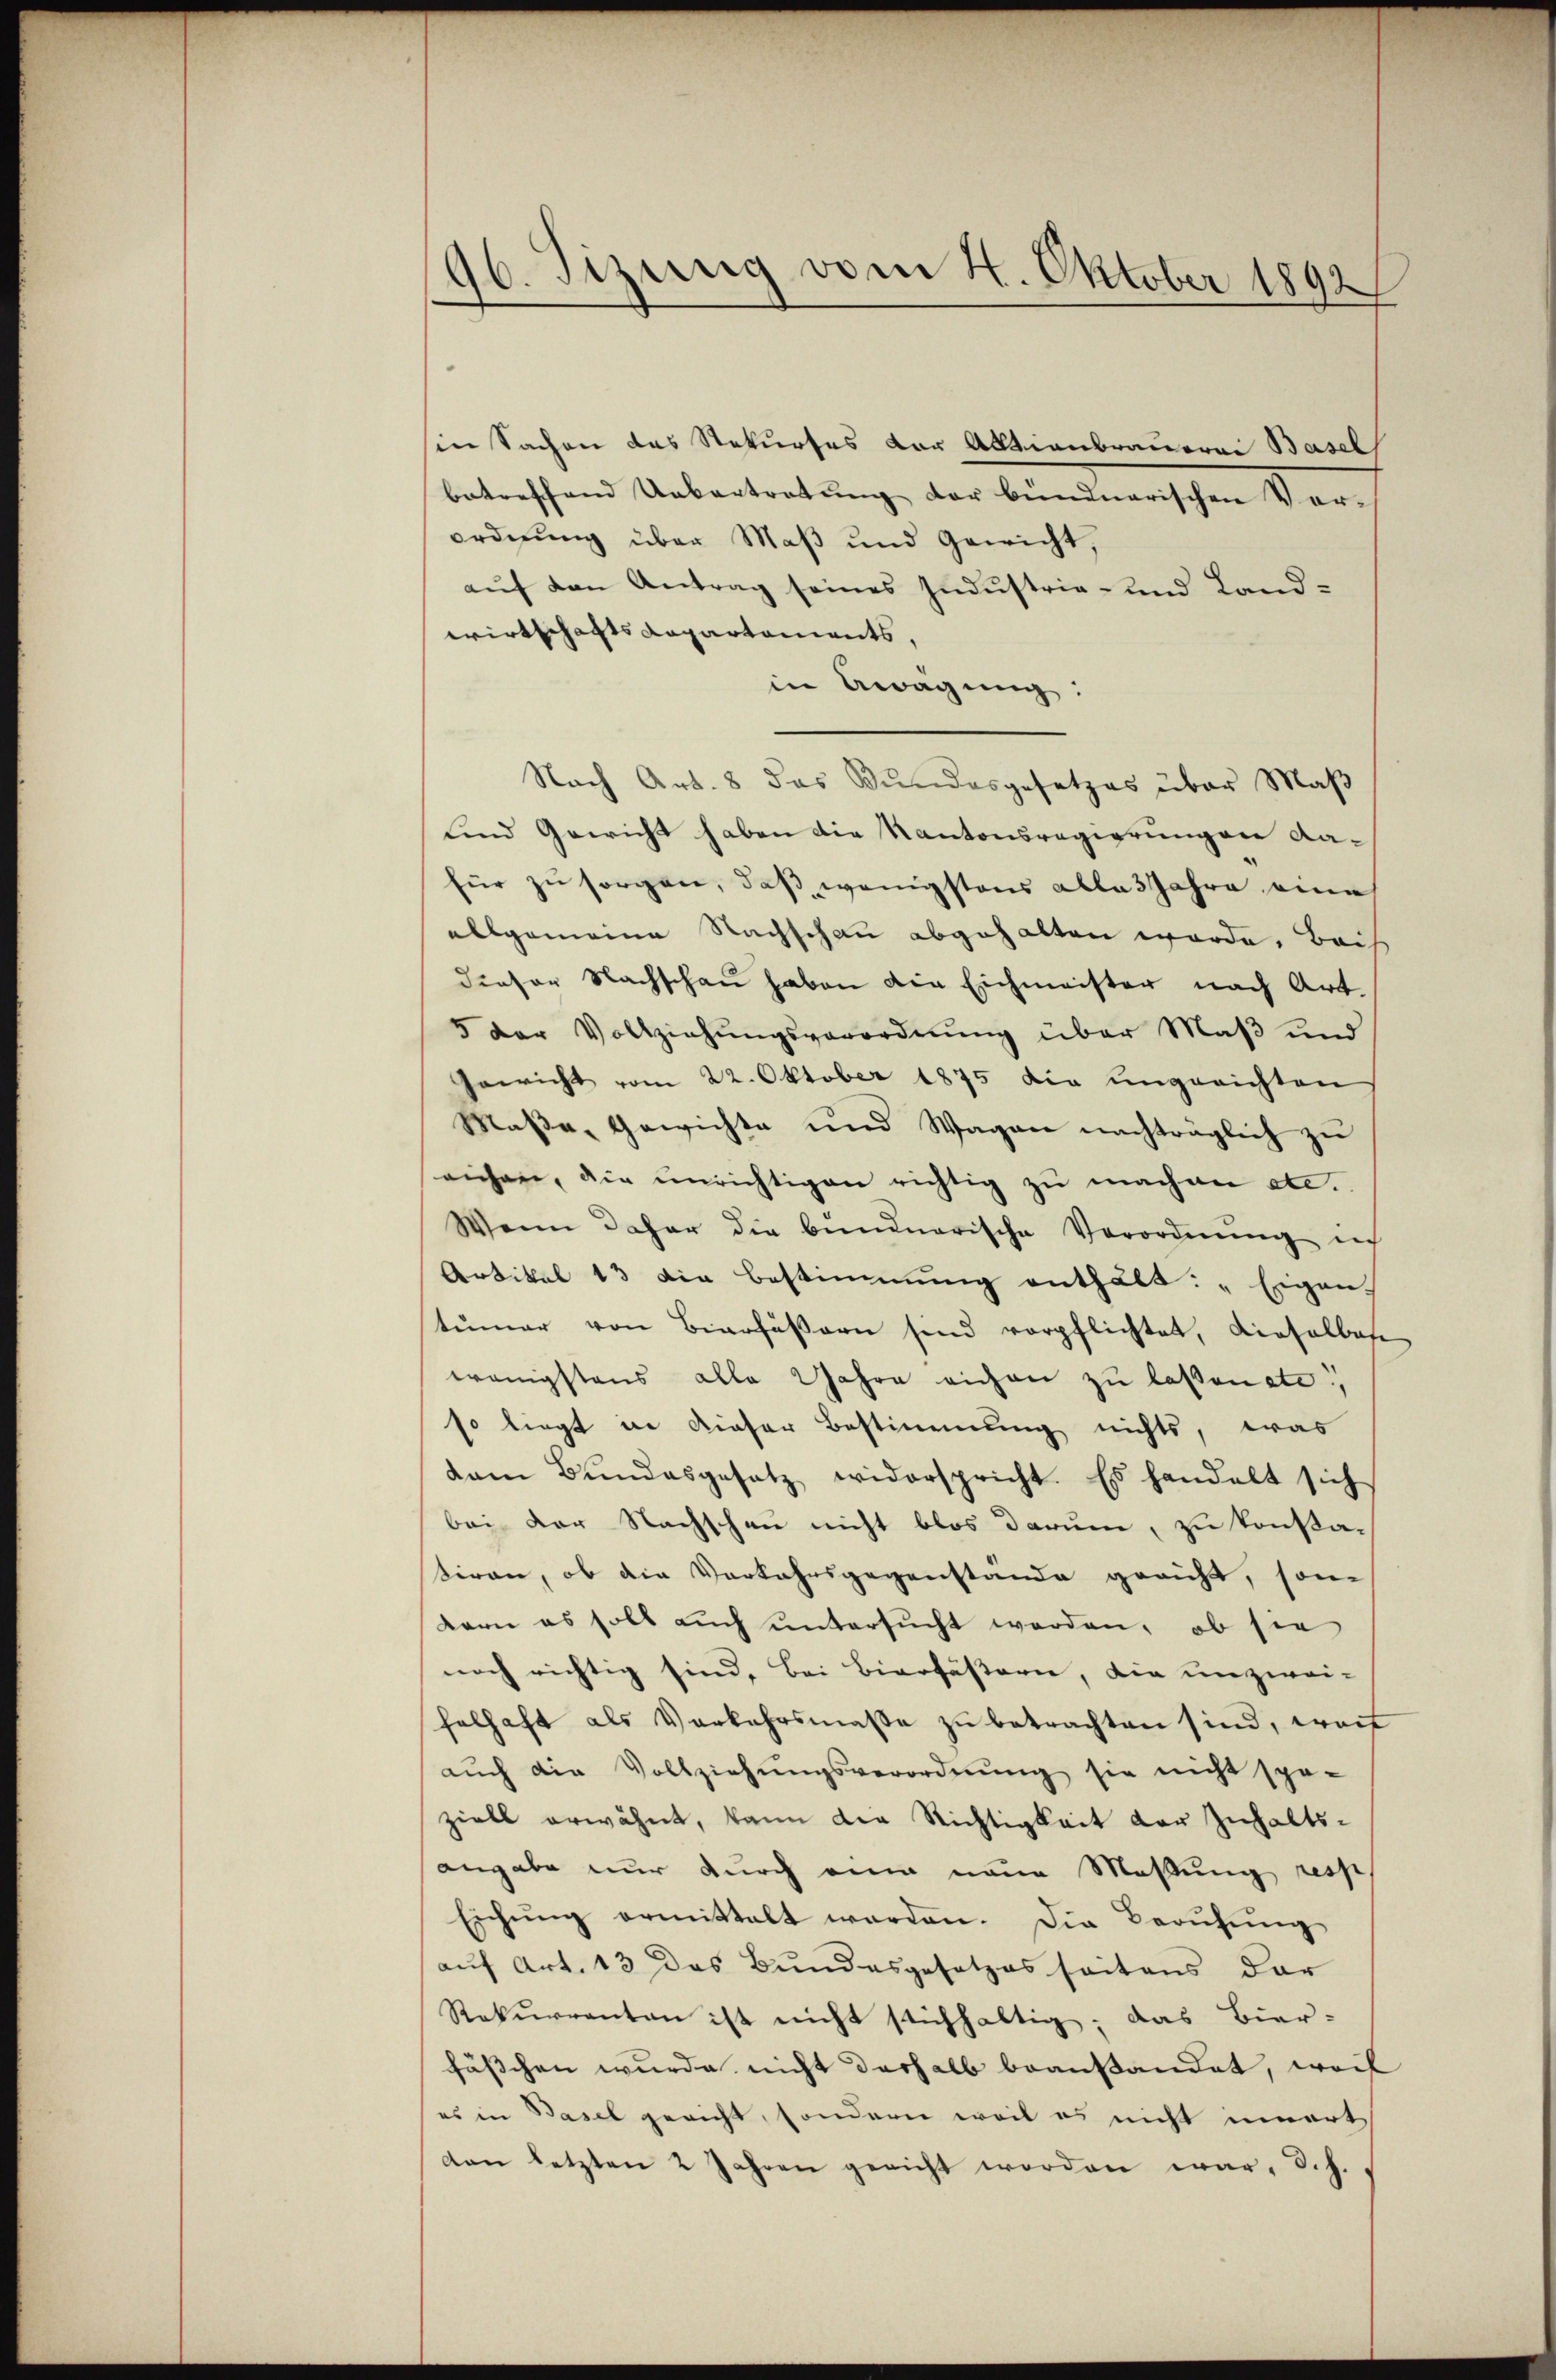
96. Sizung vom 4. Oktober 1892

in Sachen das Rekurses der Aktienbrauerei Basel
betreffend Uebertretung der bündnerischen Vor-
ordnung über Maß und Gewicht,
auf den Antrag seines Industrie- und Land-
wirtschafts Repartements,
in Beragung:
Nach Art. 8 das Bŭndesgesetzes über Maβ
und Gewicht haben die Kantonsregierungen dafür zu sorgen, daß wenigstens allas Jahre eine
allgemeine Nachschau abgehalten werde. Beis
dieser Nachschau haben die Eichmeister nach Art.
5 der Vollziehungsverordnung über Maß und
Gewicht vom 22. Oktober 1875 die ungerichten
Masse, Gewichte und Wagen nachträglich zu
eichen, die unrichtigen richtig zu machen etc.
Wenn daher die bundnerische Verordnung ich
Artikel 13 die Bestimmung enthält: „Eigen.
tŭmer von Bierfäβern sind verpflichtet, dieselbes
wenigstens alle Jahre eichen zu lassenste
so liegt in dieser Bestimmung nichts, was
dam Bŭndesgesetz widerspricht. Es handelt sich
bei der Nachschau nicht blos darum, zu konstatiren, ob die Vorkehrsgegenstande gericht, som
Bern es soll auch untersucht werden, ob sie
noch richtig sind, Bei Bierfäßern, die unzwei-
felhaft als Verkehrsmaβe zŭ betrachten sind, weil
aŭch die Vollziehŭngsverordnŭng sie nicht spä-
ziell erwähnt, kann die Richtigkeit der Inhaltsangabe nur durch eine neue Maßung resp
Eichŭng ermittelt werden. Die Berŭfŭng
auf Art. 13 das Bundesgesetzes seitens dar
Rekurrenten ist nicht stichhaltig; das Bier-
fässchen wurde nicht deshalb beanstandet, weil
es in Basel gericht, sondern weil es nicht innert
don letzten 2 Jahren gericht worden war, d.h.